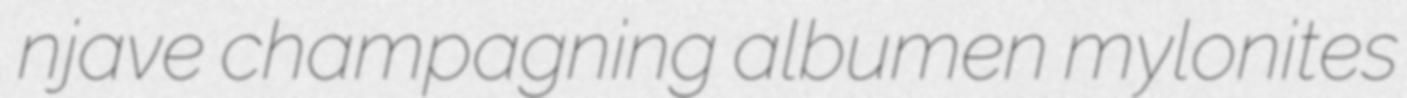
njave champagning albumen mylonites